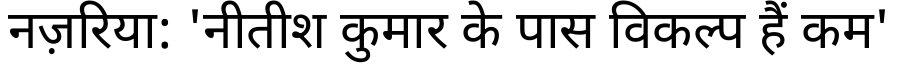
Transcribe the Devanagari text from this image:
नज़रिया: 'नीतीश कुमार के पास विकल्प हैं कम'